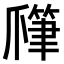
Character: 𤔯